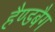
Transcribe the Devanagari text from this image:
हैण्डबैग